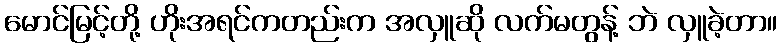
မောင်မြင့်တို့ ဟိုးအရင်ကတည်းက အလှူဆို လက်မတွန့် ဘဲ လှူခဲ့တာ။